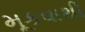
મૂકવાથી